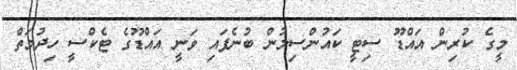
މީގެ ކުރިން އައްޑޫ ސިޓީ ކައުންސިލުން ބުނެފައި ވަނީ އައްޑޫގެ ޓެކްސީ ހިދުމަތް